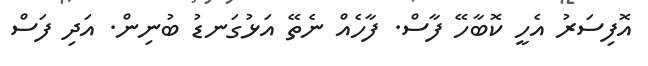
އޮފިސަރު އެހީ ކޮބާހޭ ފާސް. ފާހެއް ނެތޭ އަޅުގަނޑު ބުނިން. އަދި ފަސް